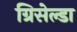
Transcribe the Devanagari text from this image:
ग्रिसेल्डा